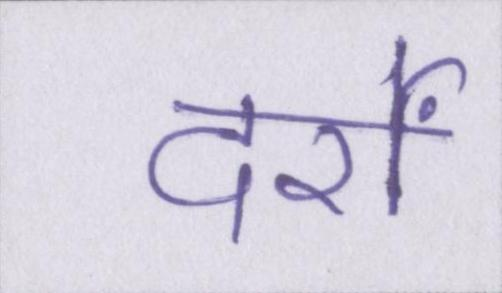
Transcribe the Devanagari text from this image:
दर्रों